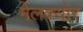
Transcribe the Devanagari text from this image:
मेलक्योर